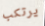
يرتكب